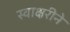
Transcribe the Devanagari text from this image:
स्वाक्षरीने